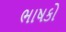
ભાષકો